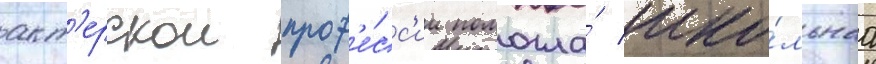
акт'ерскои проф'е́сс'ии помогла́ шко́льнаа